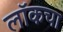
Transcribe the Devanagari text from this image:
लॉकचा